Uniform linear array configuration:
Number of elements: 32
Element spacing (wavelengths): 0.75
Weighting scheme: blackman
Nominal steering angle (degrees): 15
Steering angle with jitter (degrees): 14.925
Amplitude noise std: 0.05
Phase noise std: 0.05

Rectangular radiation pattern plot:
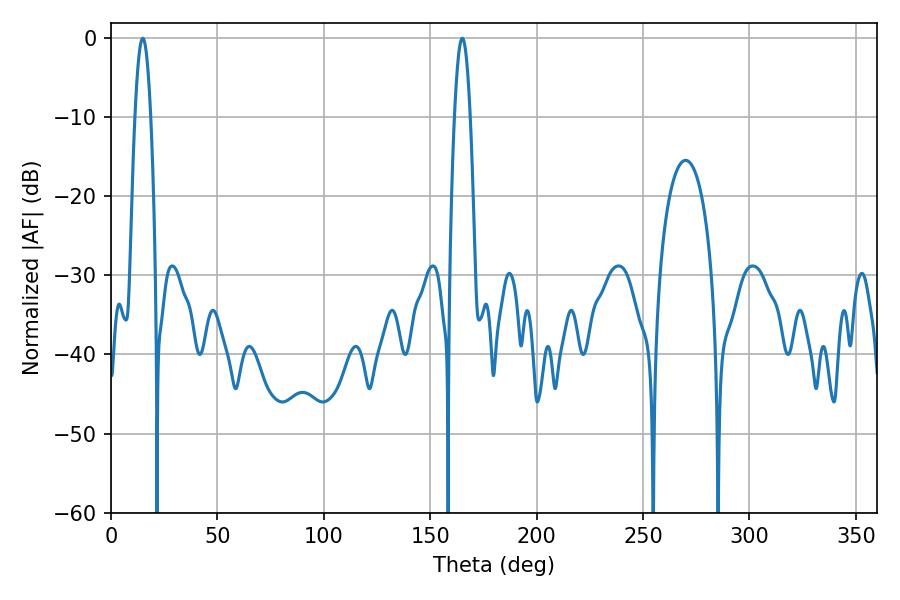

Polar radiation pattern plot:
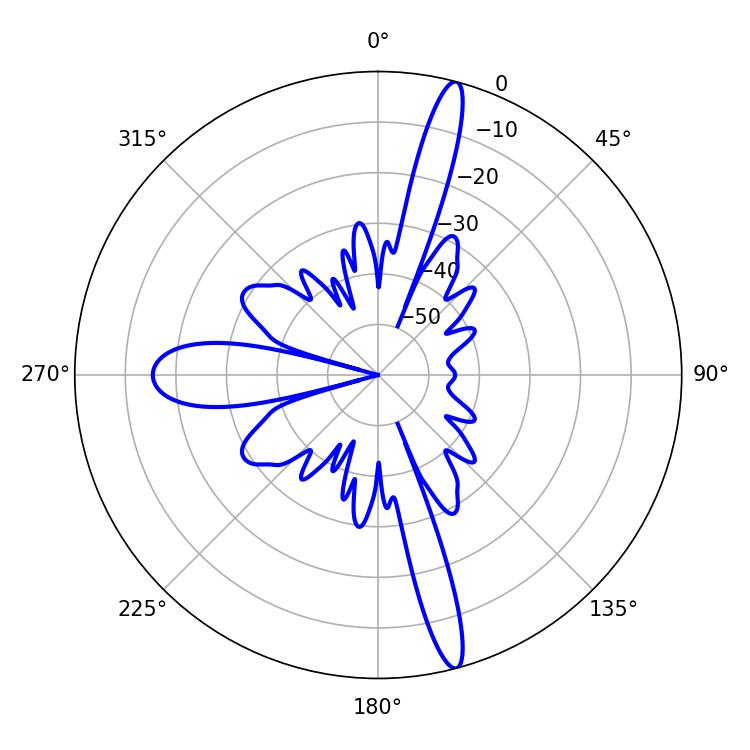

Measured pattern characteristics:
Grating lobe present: TRUE
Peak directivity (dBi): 17.829
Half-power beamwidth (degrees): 3.96
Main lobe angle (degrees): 14.94